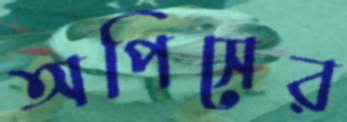
অপিসের